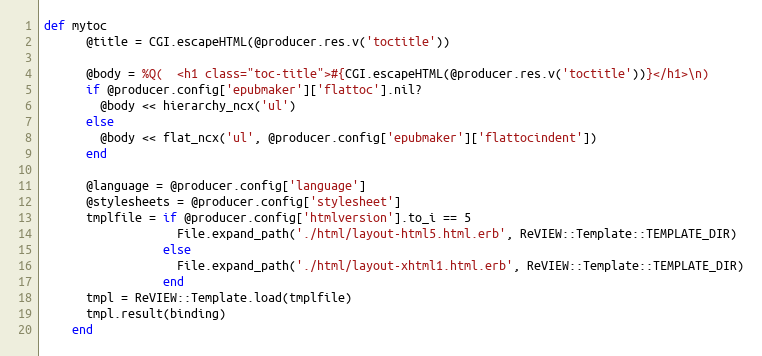
Language: Ruby
def mytoc
      @title = CGI.escapeHTML(@producer.res.v('toctitle'))

      @body = %Q(  <h1 class="toc-title">#{CGI.escapeHTML(@producer.res.v('toctitle'))}</h1>\n)
      if @producer.config['epubmaker']['flattoc'].nil?
        @body << hierarchy_ncx('ul')
      else
        @body << flat_ncx('ul', @producer.config['epubmaker']['flattocindent'])
      end

      @language = @producer.config['language']
      @stylesheets = @producer.config['stylesheet']
      tmplfile = if @producer.config['htmlversion'].to_i == 5
                   File.expand_path('./html/layout-html5.html.erb', ReVIEW::Template::TEMPLATE_DIR)
                 else
                   File.expand_path('./html/layout-xhtml1.html.erb', ReVIEW::Template::TEMPLATE_DIR)
                 end
      tmpl = ReVIEW::Template.load(tmplfile)
      tmpl.result(binding)
    end